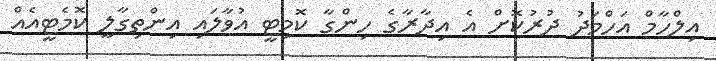
އިލްހާމް އަހްމަދު ދުރުކޮށް އެ އިދާރާގެ ހިންގާ ކޮމިޓީ އުވާލައި އިންތިގާލީ ކޮމެޓީއެއް